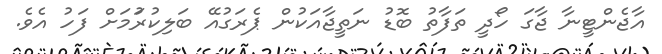
އާޖެންޓީނާ ޖާގަ ހޯދީ ތަފާތު ބޮޑު ނަތީޖާއަކުން ޕެރަގުއޭ ބަލިކުރުަމަށް ފަހު އެވެ.